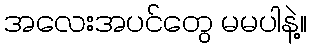
အလေးအပင်တွေ မမပါနဲ့။